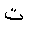
Letter: _ta